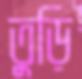
তুড়ি